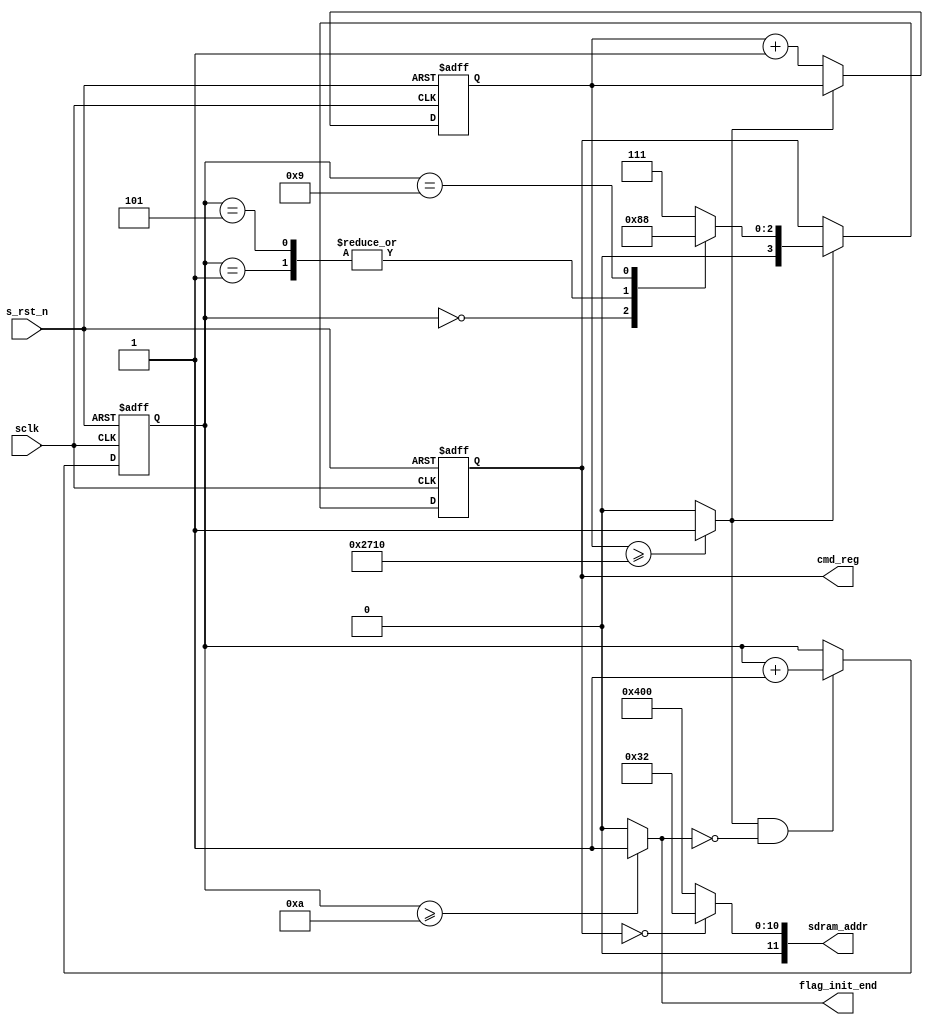
module  sdram_init(
        // system signals
        input                   sclk                    ,
        input                   s_rst_n                 ,
        // others
        output  reg     [ 3:0]  cmd_reg                 ,
        output  wire    [11:0]  sdram_addr              ,
        output  wire            flag_init_end
);

//================================================================\
// ========= Define Parameter and Internal Signals ==========
//================================================================/
localparam      DELAY_200US     =       10000                   ;
//SDRAM Command
localparam      NOP             =       4'b0111                 ;
localparam      PRE             =       4'b0010                 ;
localparam      AREF            =       4'b0001                 ;
localparam      MSET            =       4'b0000                 ;

reg     [13:0]                  cnt_200us                       ;
wire                            flag_200us                      ;
reg     [ 3:0]                  cnt_cmd                         ;
//==========================================================================
// ****************     Main    Code    **************
//==========================================================================
//cnt_200us
always  @(posedge sclk or negedge s_rst_n) begin
        if(s_rst_n == 1'b0)
                cnt_200us       <=      'd0;
        else if(flag_200us == 1'b0)
                cnt_200us       <=      cnt_200us + 1'b1;
end

always  @(posedge sclk or negedge s_rst_n) begin
        if(s_rst_n == 1'b0)
                cnt_cmd <=      'd0;
        else if(flag_200us == 1'b1 && flag_init_end == 1'b0)
                cnt_cmd <=      cnt_cmd + 1'b1;
end

//cmd_reg
always  @(posedge sclk or negedge s_rst_n) begin 
        if(s_rst_n == 1'b0)
                cmd_reg <=      NOP;
        else if(flag_200us == 1'b1)
                case(cnt_cmd)
                        0:      cmd_reg <=      PRE;
                        1:      cmd_reg <=      AREF;
                        5:      cmd_reg <=      AREF;
                        9:      cmd_reg <=      MSET;
                        default:cmd_reg <=      NOP;                        
                endcase
end

assign  flag_init_end   =       (cnt_cmd >= 'd10) ? 1'b1 : 1'b0;
assign  sdram_addr      =       (cmd_reg == MSET) ? 12'b0000_0011_0010 : 12'b0100_0000_0000;
assign  flag_200us      =       (cnt_200us >= DELAY_200US) ? 1'b1 : 1'b0;

endmodule